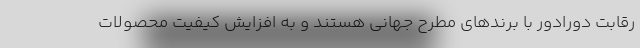
رقابت دورادور با برندهای مطرح جهانی هستند و به افزایش کیفیت محصولات